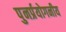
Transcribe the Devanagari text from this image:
पुनर्प्रयोगनीय